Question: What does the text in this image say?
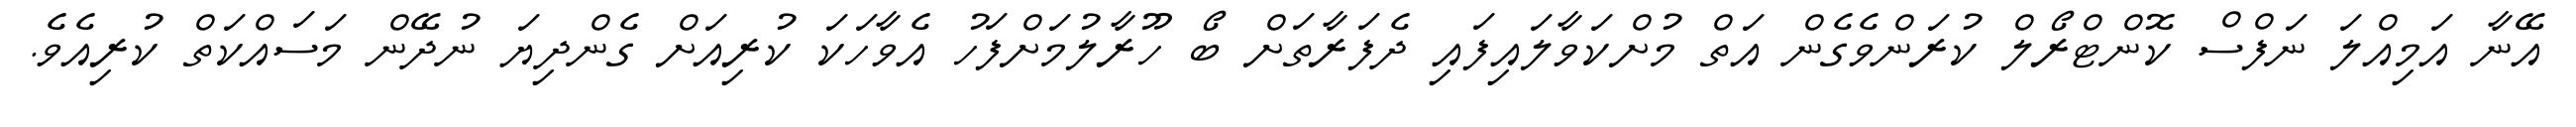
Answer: އޭނާ އަމިއްލަ ނަފްސް ކޮންޓްރޯލް ކުރަންވެގެން އަތް މުށްކަވާލައިފައި ދެފަރާތަށް ބޯ ހޫރާލުމަށްފަހު އެވާހަކަ ކުރިއަށް ގެންދިޔަ ނުދޭން މަސައްކަތް ކުރިއެވެ.